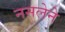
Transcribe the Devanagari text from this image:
नसलेने